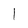
Character: I